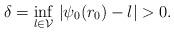
LaTeX: \begin{align*}\delta=\inf_{l\in \mathcal{V}}\,|\psi_0(r_0)-l|>0.\end{align*}